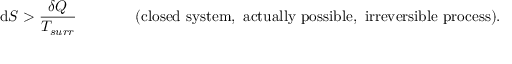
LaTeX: \mathrm { d } S > { \frac { \delta Q } { T _ { s u r r } } } \, \, \, \, \, \, \, \, \, \, \, \, \, \, \, \, \, \, \, \, \, \, \, { \mathrm { ( c l o s e d ~ s y s t e m , ~ a c t u a l l y ~ p o s s i b l e , ~ i r r e v e r s i b l e ~ p r o c e s s ) . } }